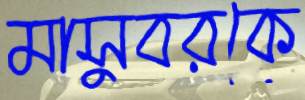
মাসুবরকে